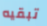
تبقيه